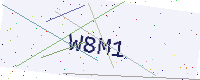
Text: W8M1